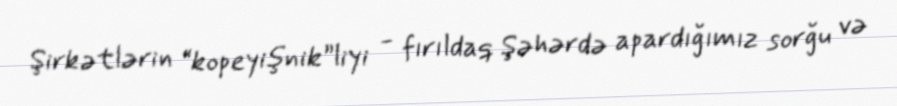
Şirkətlərin “kopeyişnik”liyi - fırıldaq Şəhərdə apardığımız sorğu və